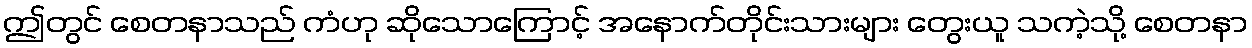
ဤတွင် စေတနာသည် ကံဟု ဆိုသောကြောင့် အနောက်တိုင်းသားများ တွေးယူ သကဲ့သို့ စေတနာ